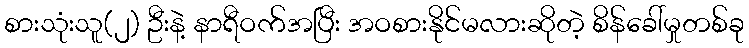
စားသုံးသူ(၂) ဦးနဲ့ နာရီဝက်အပြီး အဝစားနိုင်မလားဆိုတဲ့ စိန်ခေါ်မှုတစ်ခု